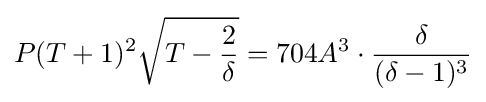
P(T+1)^{2}{\sqrt {T-{\frac {2}{\delta }}}}=704A^{3}\cdot {\frac {\delta }{(\delta -1)^{3}}}